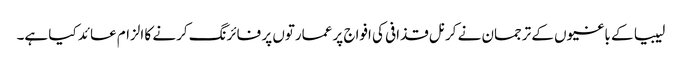
لیبیا کے باغیوں کے ترجمان نے کرنل قذافی کی افواج پر عمارتوں پر فائرنگ کرنے کا الزام عائد کیا ہے۔